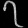
Digit: ၇